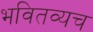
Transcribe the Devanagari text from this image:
भवितव्यच